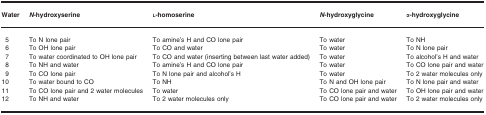
| Water | N‐hydroxyserine | l‐homoserine | N‐hydroxyglycine | α‐hydroxyglycine |
 | --- | --- | --- | --- | --- |
 | 5 | To N lone pair | To amine's H and CO lone pair | To water | To NH |
 | 6 | To OH lone pair | To CO and water | To water | To N lone pair |
 | 7 | To water coordinated to OH lone pair | To CO and water (inserting between last water added) | To water | To alcohol's H and water |
 | 8 | To NH and water | To amine's H and CO lone pair | To water | To CO lone pair and water |
 | 9 | To CO lone pair | To N lone pair and alcohol's H | To water | To 2 water molecules only |
 | 10 | To water bound to CO | To NH | To N and OH lone pair | To N lone pair and water |
 | 11 | To CO lone pair and 2 water molecules | To water | To CO lone pair and water | To OH lone pair and water |
 | 12 | To NH and water | To 2 water molecules only | To CO lone pair and water | To 2 water molecules only |